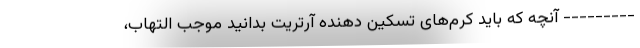
--------- آنچه که باید کرم‌های تسکین دهنده آرتریت بدانید موجب التهاب،